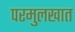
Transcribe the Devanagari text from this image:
परमुलखात